Report on the working of the Ranchi Indian Mental Hospital, Kanke, in Bihar and Orissa - 1930-1940
Year: 1930
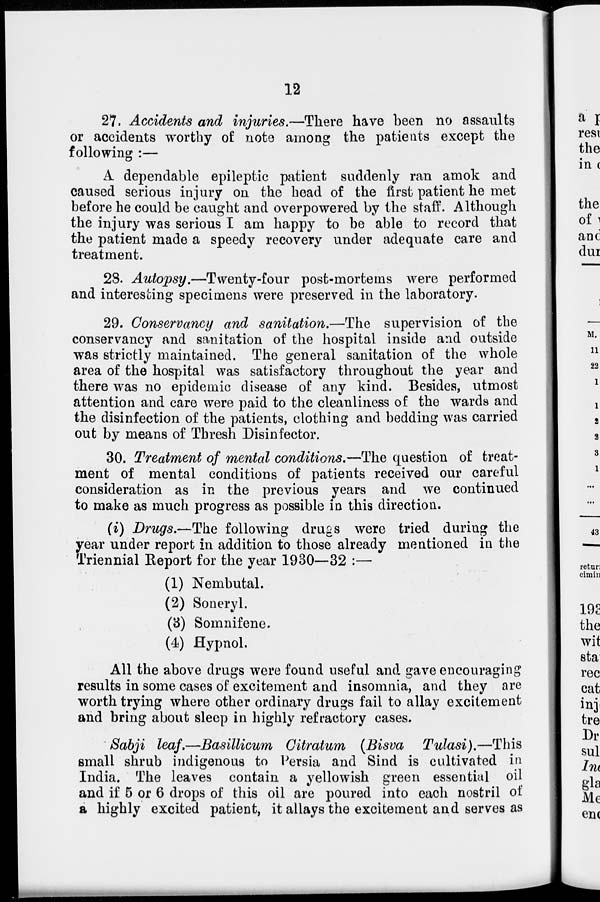
12
27. Accidents and injuries.—There have been no assaults
or accidents worthy of note among the patients except the
following :—
A. dependable epileptic patient suddenly ran amok and
caused serious injury on the head of the first patient he met
before he could be caught and overpowered by the staff. Although
the injury was serious I am happy to be able to record that
the patient made a speedy recovery under adequate care and
treatment.
28. Autopsy.—Twenty-four post-mortems were performed
and interesting specimens were preserved in the laboratory.
29. Conservancy and sanitation.—The supervision of the
conservancy and sanitation of the hospital inside and outside
was strictly maintained. The general sanitation of the whole
area of the hospital was satisfactory throughout the year and
there was no epidemic disease of any kind. Besides, utmost
attention and care were paid to the cleanliness of the wards and
the disinfection of the patients, clothing and bedding was carried
out by means of Thresh Disinfector.
30. Treatment of mental conditions.—The question of treat-
ment of mental conditions of patients received our careful
consideration as in the previous years and we continued
to make as much progress as possible in this direction.
(i) Drugs.—The following drugs were tried during the
year under report in addition to those already mentioned in the
Triennial Report for the year 1930—32 :—
(1) Nembutal.
(2) Soneryl.
(3) Somnifene.
(4) Hypnol.
All the above drugs were found useful and gave encouraging
results in some cases of excitement and insomnia, and they are
worth trying where other ordinary drugs fail to allay excitement
and bring about sleep in highly refractory cases.
Sabji leaf.—Basillicum Citratum (Bisva
Tulasi).—This
small shrub indigenous to Persia and Sind is cultivated in
India. The leaves contain a yellowish green essential oil
and if 5 or 6 drops of this oil are poured into each nostril of
a highly excited patient, it allays the excitement and serves as